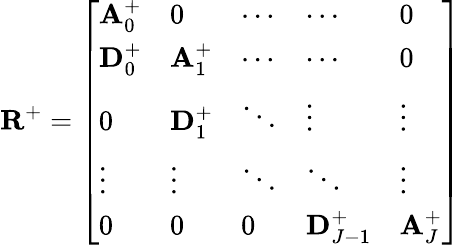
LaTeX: \mathbf{R}^{+}=\left[\begin{array}{lllll}{\mathbf{A}_{0}^{+}}&{0}&{\cdots}&{\cdots}&{0}\\ {\mathbf{D}_{0}^{+}}&{\mathbf{A}_{1}^{+}}&{\cdots}&{\cdots}&{0}\\ {0}&{\mathbf{D}_{1}^{+}}&{\ddots}&{\vdots}&{\vdots}\\ {\vdots}&{\vdots}&{\ddots}&{\ddots}&{\vdots}\\ {0}&{0}&{0}&{\mathbf{D}_{J-1}^{+}}&{\mathbf{A}_{J}^{+}}\end{array}\right]